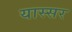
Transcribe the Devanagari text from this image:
यास्सर